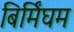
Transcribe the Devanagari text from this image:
बिर्मिंघम